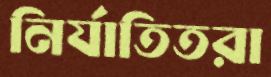
নির্যাতিতরা